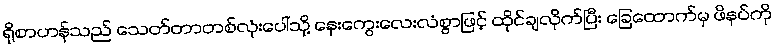
ရိုစာဟန်သည် သေတ်တာတစ်လုံးပေါ်သို့ နှေးကွေးလေးလံစွာဖြင့် ထိုင်ချလိုက်ပြီး ခြေထောက်မှ ဖိနပ်ကို